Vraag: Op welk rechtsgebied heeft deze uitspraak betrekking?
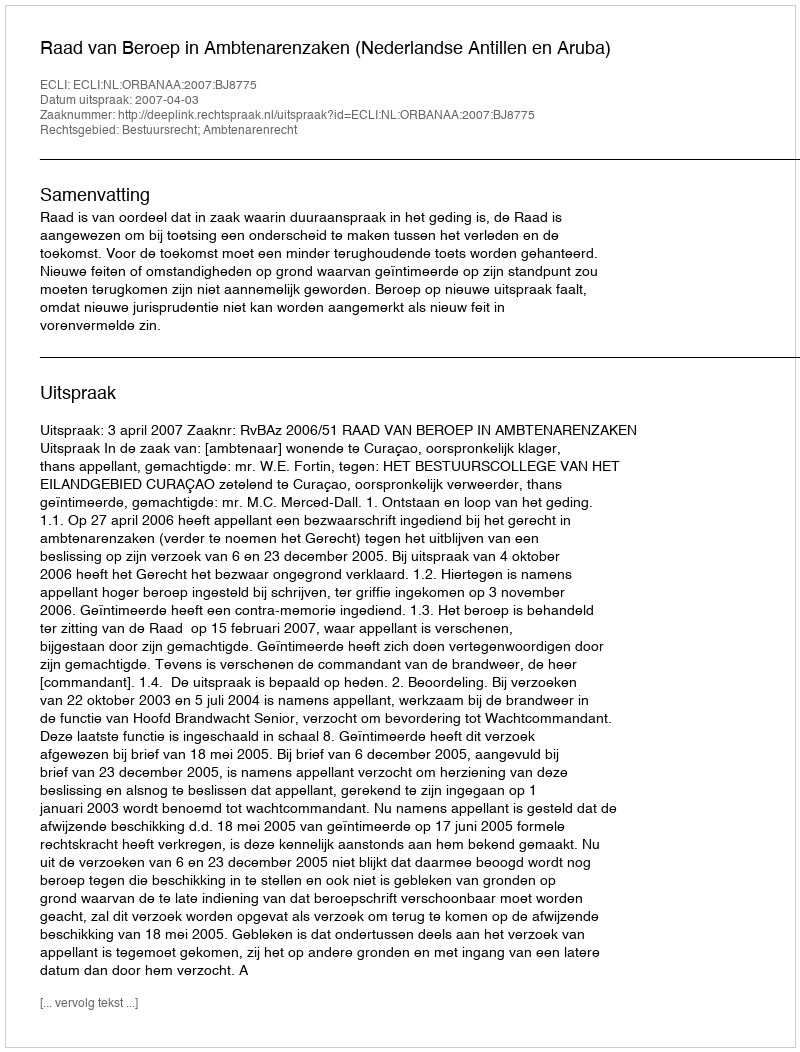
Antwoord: Bestuursrecht; Ambtenarenrecht